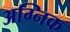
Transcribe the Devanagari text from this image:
अग्निक